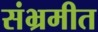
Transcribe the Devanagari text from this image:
संभ्रमीत